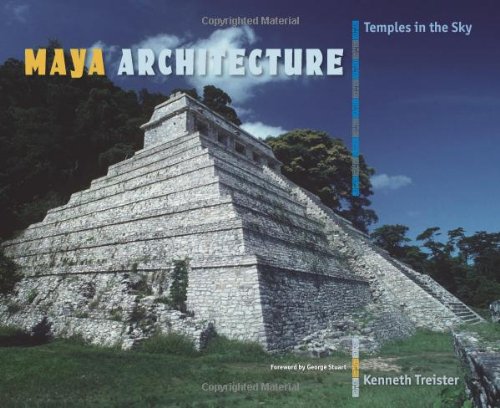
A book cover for Maya Architecture: Temples in the Sky; Kenneth Treister; History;